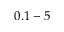
0 . 1 - 5